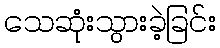
သေဆုံးသွားခဲ့ခြင်း